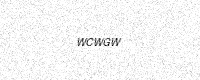
Text: WCWGW